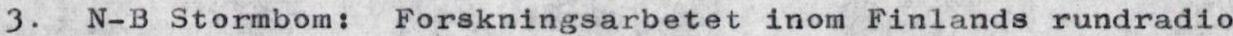
3. N-B Stormbom: Forskningsarbetet inom Finlands rundradio